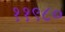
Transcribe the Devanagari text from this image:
११९८०